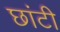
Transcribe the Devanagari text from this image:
छांटी